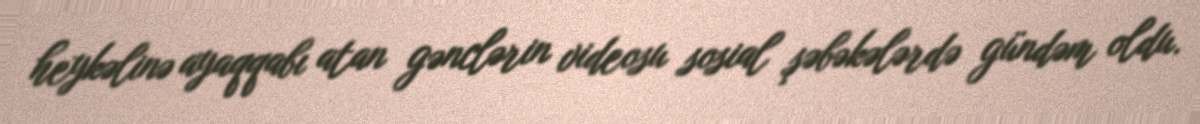
heykəlinə ayaqqabı atan gənclərin videosu sosial şəbəkələrdə gündəm oldu.